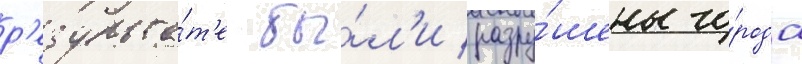
р'езульта́т'е бы́л'и разру́шены го́рода